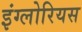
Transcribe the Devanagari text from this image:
इंग्लोरियस